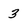
Character: 3